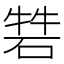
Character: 𥓧